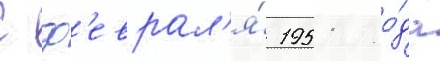
С ф'еврал'я́ 1951 го́да